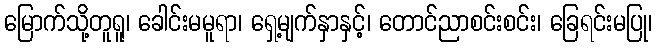
မြောက်သို့တူရူ၊ ခေါင်းမမူရာ၊ ရှေ့မျက်နှာနှင့်၊ တောင်ညာစင်းစင်း၊ ခြေရင်းမပြု၊